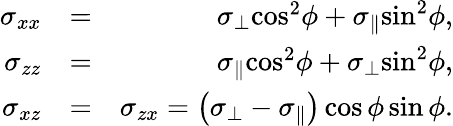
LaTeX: \begin{array}{rlr}{{\sigma_{xx}}}&{=}&{{\sigma_{\perp}}{\cos^{2}}\phi+{\sigma_{\parallel}}{\sin^{2}}\phi,}\\ {{\sigma_{zz}}}&{=}&{{\sigma_{\parallel}}{\cos^{2}}\phi+{\sigma_{\perp}}{\sin^{2}}\phi,}\\ {{\sigma_{xz}}}&{=}&{{\sigma_{zx}}=\left({{\sigma_{\perp}}-{\sigma_{\parallel}}}\right)\cos\phi\sin\phi.}\end{array}